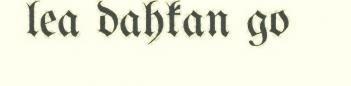
lea dahkan go